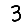
Digit: 3